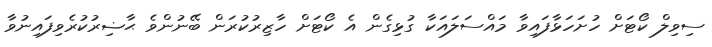
ސިވިލް ކޯޓަށް ހުށަހަޅާފައިވާ މައްސަލައަކާ ގުޅިގެން އެ ކޯޓަށް ހާޒިރުކުރަން ބޭނުންވެ ޙާޟިރުކުރެވިފައިނުވާ